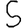
Digit: 5